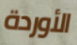
الأوردة